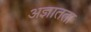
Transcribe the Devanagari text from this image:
अज्ञातता